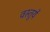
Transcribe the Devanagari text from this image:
वस्‍तुयें